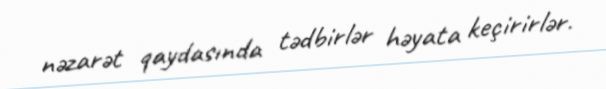
nəzarət qaydasında tədbirlər həyata keçirirlər.